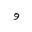
Letter: _waw